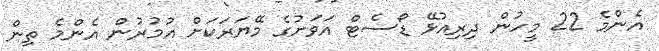
އެންމެ 22 މީހުން ދިރިއުޅޭ ޑޯސެޓް އަވަށުގެ މޭޔަރަކަށް އުމުރުން އެންމެ ތިން